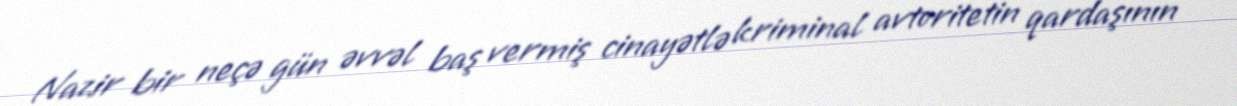
Nazir bir neçə gün əvvəl baş vermiş cinayətlə kriminal avtoritetin qardaşının